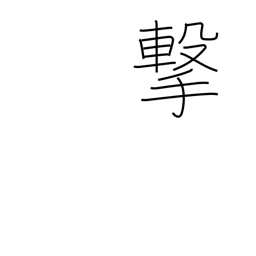
Meaning: attack